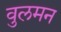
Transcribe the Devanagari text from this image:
वुलमन